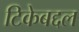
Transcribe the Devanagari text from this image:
टिकेबद्दल